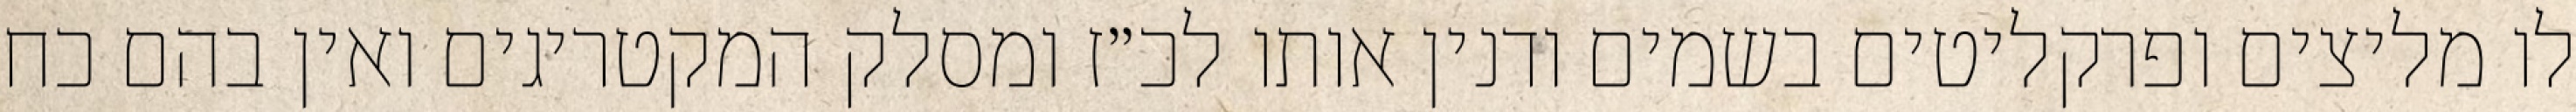
לו מליצים ופרקליטים בשמים ודנין אותו לכ״ז ומסלק המקטריגים ואין בהם כח